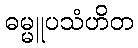
ဓမ္မူပသံဟိတ